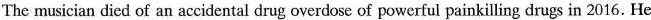
The musician died of an accidental drug overdose of powerful painkilling drugs in 2016. He